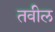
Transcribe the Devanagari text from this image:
तवील